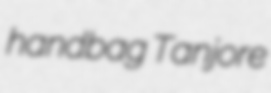
handbag Tanjore